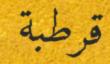
قرطبة